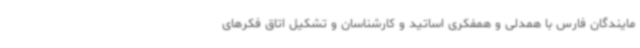
مایندگان فارس با همدلی و همفکری اساتید و کارشناسان و تشکیل اتاق فکرهای